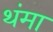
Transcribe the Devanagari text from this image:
थंमा